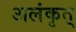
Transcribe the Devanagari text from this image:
अलंकृत्‌